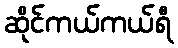
ဆိုင်ကယ်ကယ်ရီ